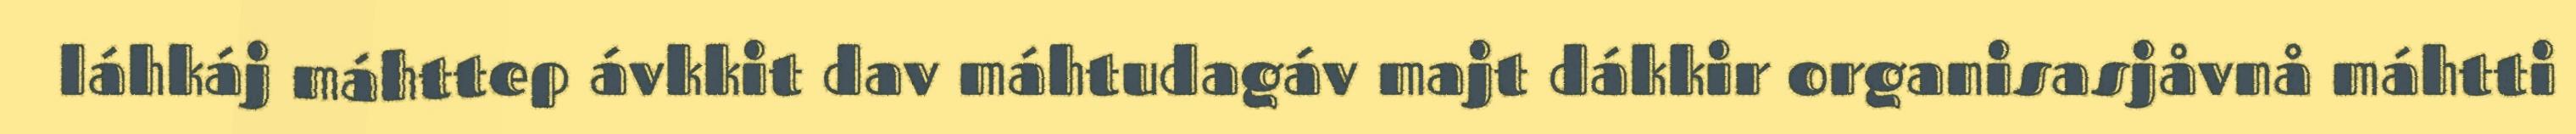
láhkáj máhttep ávkkit dav máhtudagáv majt dákkir organisasjåvnå máhtti